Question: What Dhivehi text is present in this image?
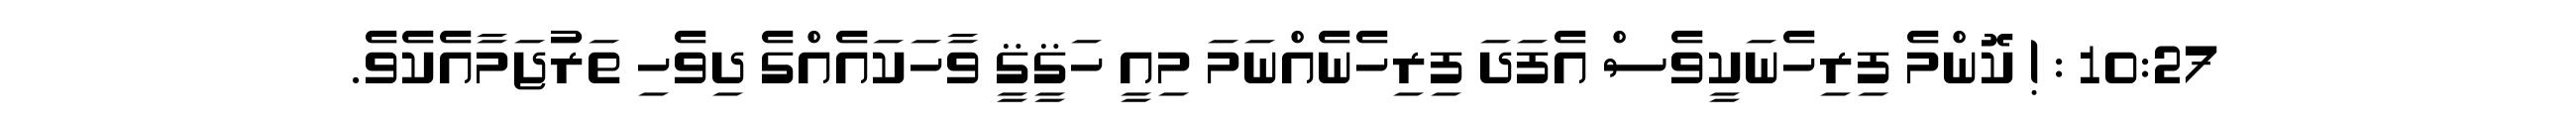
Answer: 10:27 : ! ކޮންމެ ފިރިހެނަކީވެސް އެފަދަ ފިރިހެނެއްނަމަ މިއީ ހަޤީޤީ ވާހަކައެއްގެ ދިވެހި ތަރުޖަމާއެކެވެ.